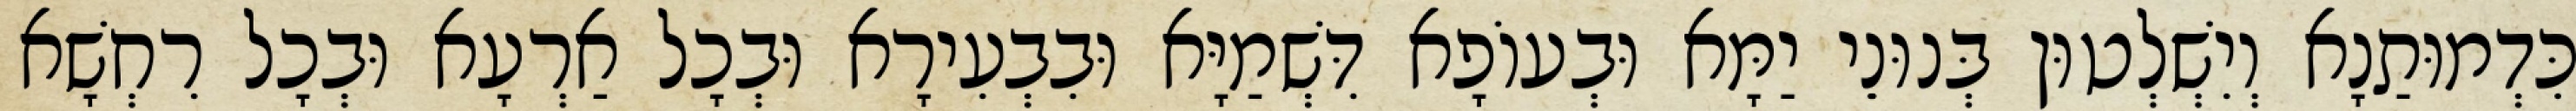
כִּדְמוּתַנָא וְיִשְׁלְטוּן בְּנוּנֵי יַמָּא וּבְעוֹפָא דִּשְׁמַיָּא וּבִבְעִירָא וּבְכָל אַרְעָא וּבְכָל רִחְשָׁא